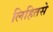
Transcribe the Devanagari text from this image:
लिहितसे